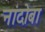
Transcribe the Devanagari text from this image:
नांदोबा